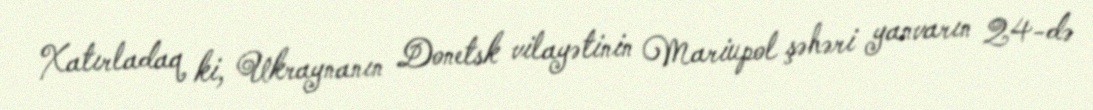
Xatırladaq ki, Ukraynanın Donetsk vilayətinin Mariupol şəhəri yanvarın 24-də